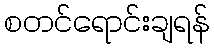
စတင်ရောင်းချရန်